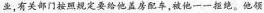
业，有关部门按照规定要给他盖房配车，被他一一拒绝。他领